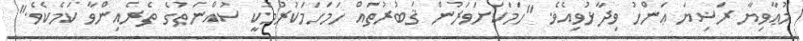
މުޢާވިޔާ ރަޟިޔަ ޢަންހު ވިދާޅުވިއެވެ. "ހަމަކަށަވަރުން ޤަބުރުތައް ހަމަހަމަކުރުމަކީ ސުއްނަތުގެ ތެރެއިންވާ ކަމެކެވެ."